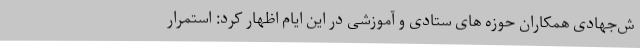
ش‌جهادی همکاران حوزه های ستادی و آموزشی در این ایام اظهار کرد: استمرار